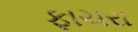
ફાચરા